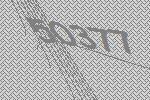
50377